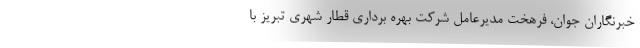
خبرنگاران جوان، فرهخت مدیرعامل شرکت بهره برداری قطار شهری تبریز با